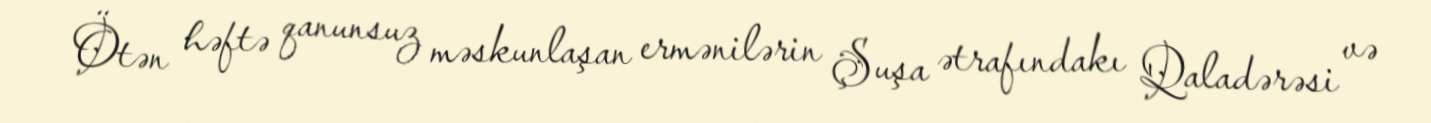
Ötən həftə qanunsuz məskunlaşan ermənilərin Şuşa ətrafındakı Qaladərəsi və